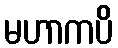
မဟာကပိ